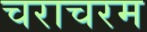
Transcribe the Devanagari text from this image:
चराचरम